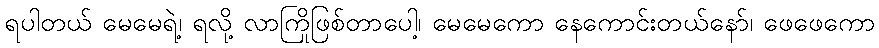
ရပါတယ် မေမေရဲ့၊ ရလို့ လာကြိုဖြစ်တာပေါ့၊ မေမေကော နေကောင်းတယ်နော်၊ ဖေဖေကော